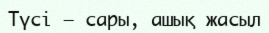
Түсі — сары, ашық жасыл